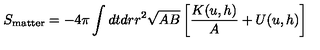
S _ { \mathrm { m a t t e r } } = - 4 \pi \int d t d r r ^ { 2 } \sqrt { A B } \left[ { \frac { K ( u , h ) } { A } } + U ( u , h ) \right]